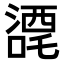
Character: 𭊼